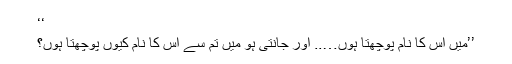
‘‘
’’میں اُس کا نام پوچھتا ہُوں….. اور جانتی ہو میں تم سے اس کا نام کیوں پوچھتا ہوں؟